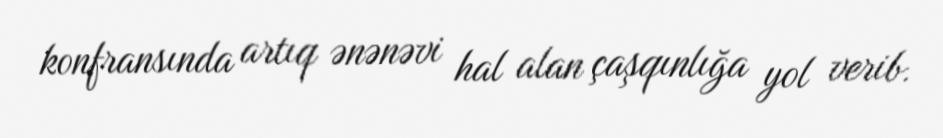
konfransında artıq ənənəvi hal alan çaşqınlığa yol verib.